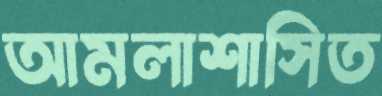
আমলাশাসিত